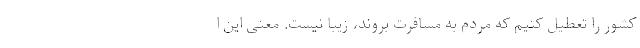
کشور را تعطیل کنیم که مردم به مسافرت بروند، زیبا نیست. معنی این ا